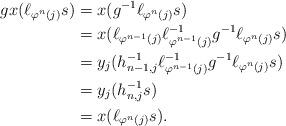
LaTeX: \begin{align*}gx(\ell_{\varphi^n(j)}s) & = x(g^{-1}\ell_{\varphi^n(j)}s)\\ & = x(\ell_{\varphi^{n-1}(j)}\ell_{\varphi^{n-1}(j)}^{-1}g^{-1}\ell_{\varphi^n(j)}s)\\ & = y_j(h_{n-1,j}^{-1}\ell_{\varphi^{n-1}(j)}^{-1}g^{-1}\ell_{\varphi^n(j)}s)\\ & = y_j(h_{n,j}^{-1}s)\\ & = x(\ell_{\varphi^n(j)}s).\end{align*}